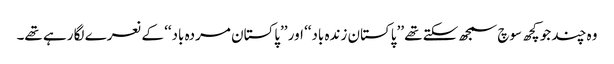
وہ چند جو کچھ سوچ سمجھ سکتے تھے ’’پاکستان زندہ باد‘‘ اور ’’پاکستان مردہ باد‘‘ کے نعرے لگا رہے تھے۔